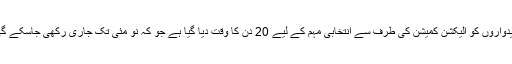
امیدواروں کو الیکشن کمیشن کی طرف سے انتخابی مہم کے لیے 20 دن کا وقت دیا گیا ہے جو کہ نو مئی تک جاری رکھی جاسکے گی۔